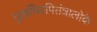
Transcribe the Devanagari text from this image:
गुरूभिरपितंत्रालोके